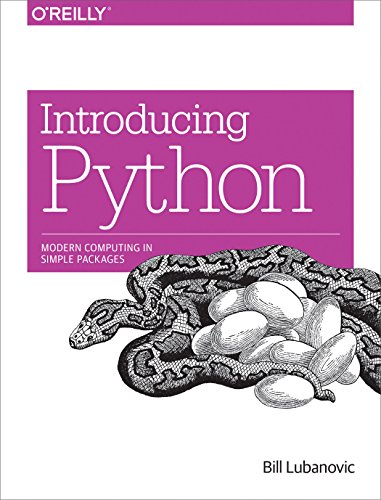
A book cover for Introducing Python: Modern Computing in Simple Packages; Bill Lubanovic; Computers & Technology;